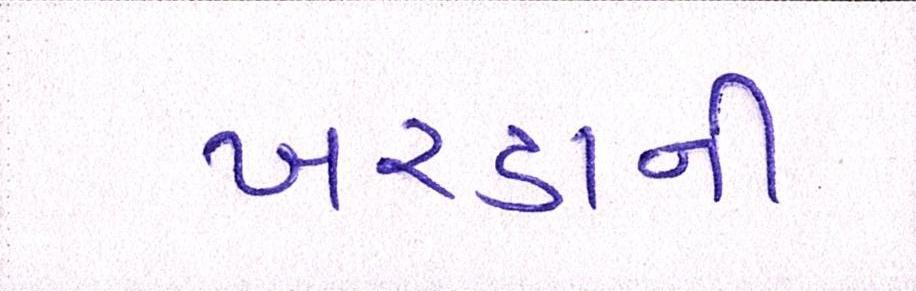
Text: ખરડાની